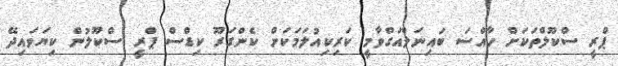
ޕްރީ ސްކޫލްތަކަށް ހާއްސަ ބައިނަލްއަގްވާމީ ކަރިކިއުލަމަކަށް ކެންގަރޫ ކިޑްސް ޕްރީ ސްކޫލުން ކިޔަވައިދޭ